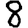
Digit: 8